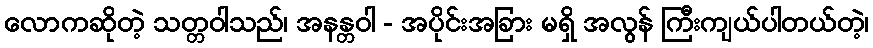
လောကဆိုတဲ့ သတ္တဝါသည်၊ အနန္တဝါ - အပိုင်းအခြား မရှိ အလွန် ကြီးကျယ်ပါတယ်တဲ့၊